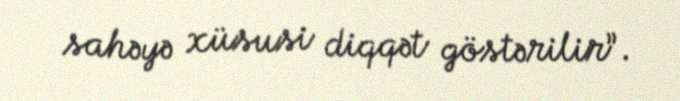
sahəyə xüsusi diqqət göstərilir”.